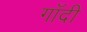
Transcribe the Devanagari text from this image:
गाँदी